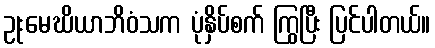
ဥုးမေဃိယာဘိဝံသက ပုံနှိပ်စက် ကြွပြီး ပြင်ပါတယ်။